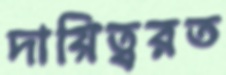
দায়িত্বরত